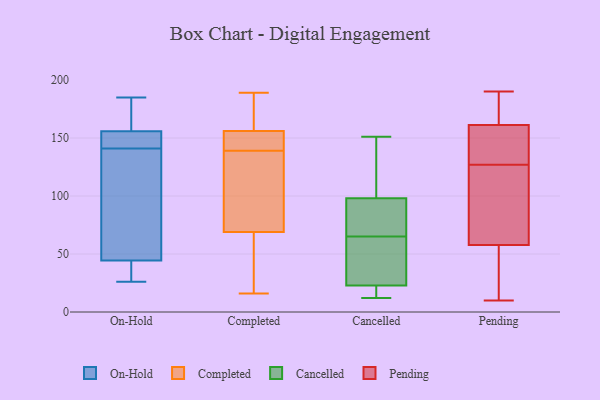
{"axis": {"x": "Demand Index", "y": "Value"}, "legend": ["Cancelled", "Completed", "On-Hold", "Pending"], "data": [{"x": "", "y": 29, "type": "On-Hold"}, {"x": "", "y": 94, "type": "On-Hold"}, {"x": "", "y": 43, "type": "On-Hold"}, {"x": "", "y": 46, "type": "On-Hold"}, {"x": "", "y": 175, "type": "On-Hold"}, {"x": "", "y": 171, "type": "On-Hold"}, {"x": "", "y": 185, "type": "On-Hold"}, {"x": "", "y": 83, "type": "On-Hold"}, {"x": "", "y": 151, "type": "On-Hold"}, {"x": "", "y": 144, "type": "On-Hold"}, {"x": "", "y": 141, "type": "On-Hold"}, {"x": "", "y": 44, "type": "On-Hold"}, {"x": "", "y": 155, "type": "On-Hold"}, {"x": "", "y": 166, "type": "On-Hold"}, {"x": "", "y": 26, "type": "On-Hold"}, {"x": "", "y": 146, "type": "On-Hold"}, {"x": "", "y": 140, "type": "On-Hold"}, {"x": "", "y": 28, "type": "On-Hold"}, {"x": "", "y": 156, "type": "On-Hold"}, {"x": "", "y": 160, "type": "Completed"}, {"x": "", "y": 137, "type": "Completed"}, {"x": "", "y": 189, "type": "Completed"}, {"x": "", "y": 65, "type": "Completed"}, {"x": "", "y": 165, "type": "Completed"}, {"x": "", "y": 188, "type": "Completed"}, {"x": "", "y": 63, "type": "Completed"}, {"x": "", "y": 123, "type": "Completed"}, {"x": "", "y": 143, "type": "Completed"}, {"x": "", "y": 16, "type": "Completed"}, {"x": "", "y": 141, "type": "Completed"}, {"x": "", "y": 119, "type": "Completed"}, {"x": "", "y": 73, "type": "Completed"}, {"x": "", "y": 152, "type": "Completed"}, {"x": "", "y": 42, "type": "Completed"}, {"x": "", "y": 144, "type": "Completed"}, {"x": "", "y": 22, "type": "Cancelled"}, {"x": "", "y": 13, "type": "Cancelled"}, {"x": "", "y": 151, "type": "Cancelled"}, {"x": "", "y": 23, "type": "Cancelled"}, {"x": "", "y": 15, "type": "Cancelled"}, {"x": "", "y": 32, "type": "Cancelled"}, {"x": "", "y": 95, "type": "Cancelled"}, {"x": "", "y": 12, "type": "Cancelled"}, {"x": "", "y": 68, "type": "Cancelled"}, {"x": "", "y": 23, "type": "Cancelled"}, {"x": "", "y": 25, "type": "Cancelled"}, {"x": "", "y": 98, "type": "Cancelled"}, {"x": "", "y": 74, "type": "Cancelled"}, {"x": "", "y": 65, "type": "Cancelled"}, {"x": "", "y": 147, "type": "Cancelled"}, {"x": "", "y": 122, "type": "Cancelled"}, {"x": "", "y": 98, "type": "Cancelled"}, {"x": "", "y": 143, "type": "Pending"}, {"x": "", "y": 90, "type": "Pending"}, {"x": "", "y": 23, "type": "Pending"}, {"x": "", "y": 153, "type": "Pending"}, {"x": "", "y": 168, "type": "Pending"}, {"x": "", "y": 31, "type": "Pending"}, {"x": "", "y": 112, "type": "Pending"}, {"x": "", "y": 33, "type": "Pending"}, {"x": "", "y": 189, "type": "Pending"}, {"x": "", "y": 108, "type": "Pending"}, {"x": "", "y": 10, "type": "Pending"}, {"x": "", "y": 47, "type": "Pending"}, {"x": "", "y": 190, "type": "Pending"}, {"x": "", "y": 130, "type": "Pending"}, {"x": "", "y": 127, "type": "Pending"}, {"x": "", "y": 156, "type": "Pending"}, {"x": "", "y": 163, "type": "Pending"}, {"x": "", "y": 164, "type": "Pending"}, {"x": "", "y": 122, "type": "Pending"}]}